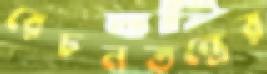
রেচনতন্ত্রের